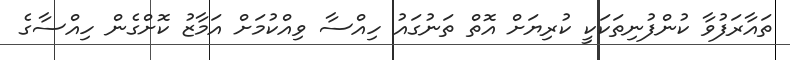
ތައާރަފުވާ ކުންފުނިތަކަކީ ކުރިޔަށް އޮތް ތަނުގައު ހިއްސާ ވިއްކުމަށް އަމާޒު ކޮށްގެން ހިއްސާގެ